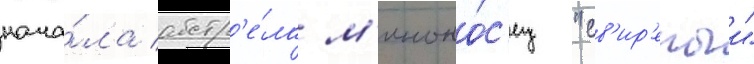
нача́ла обстр'е́ла м'иноно́с'ец "св'ир'епыи"